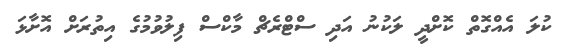
ކުލަ އެއްގޮތް ކޮށްދީ ލަކުނު އަދި ސްޓްރެޗް މާކްސް ފިލުވުމުގެ އިތުރަށް އޮށާޅަ